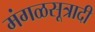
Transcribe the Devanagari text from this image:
मंगळसूत्रादी